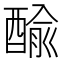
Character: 䤅